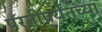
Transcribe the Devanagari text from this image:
परतीपर्यंतच्या